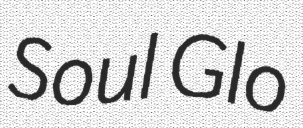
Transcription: Soul Glo